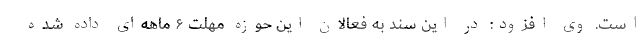
است. وی افزود: در این سند به فعالان این حوزه مهلت ۶ ماهه‌ای داده شده